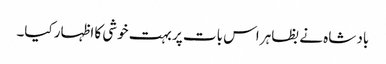
باد شاہ نے بظاہر اس بات پر بہت خوشی کا اظہار کیا۔